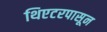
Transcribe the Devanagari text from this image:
थिएटरपासून